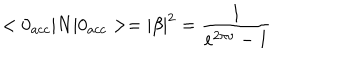
< 0 _ { a c c } | N | 0 _ { a c c } > = \left| \beta \right| ^ { 2 } = \frac { 1 } { e ^ { 2 \pi \nu } - 1 }